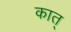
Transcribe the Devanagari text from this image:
कात्‌